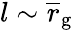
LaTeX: l\sim\overline{r}_{\mathrm{g}}